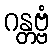
ဂန္တဗ္ဗံ